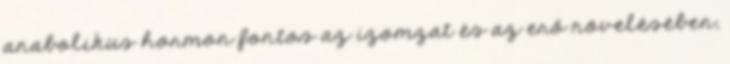
anabolikus hormon fontos az izomzat és az erő növelésében,